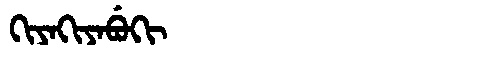
Manchu: ᡴᡳᠶᠠᡴᡳᠶᠠᠪᡠᡴᡳ
Romanization: KIYAKIYABUKI